Scientific memoirs by medical officers of the Army of India - Part VIII,
Year: 1894
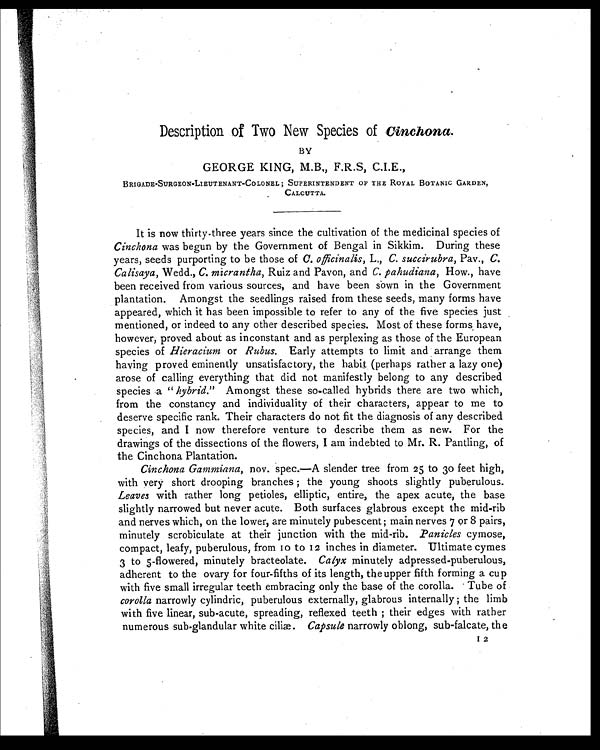
Description of Two New Species of cinchona.
BY
GEORGE KING, M.B,, F.R.S, C.I.E.,
BRIGADE-SURGEON-LIEUTENANT-COLONEL; SUPERINTENDENT OF THE ROYAL BOTANIC GARDEN,
CALCUTTA.
It is now thirty-three years since the cultivation of the medicinal species of
Cinchona was begun by the Government of Bengal in Sikkim. During these
years, seeds purporting to be those of C. officinalis, L., C. succirubra, Pay., C.
Calisaya, Wedd., C. micrantha, Ruiz and Pavon, and C. pahudiana, How., have
been received from various sources, and have been sown in the Government
plantation. Amongst the seedlings raised from these seeds, many forms have
appeared, which it has been impossible to refer to any of the five species just
mentioned, or indeed to any other described species. Most of these forms have,
however, proved about as inconstant and as perplexing as those of the European
species of Hieracium or Rubus. Early attempts to limit and arrange them
having proved eminently unsatisfactory, the habit (perhaps rather a lazy one)
arose of calling everything that did not manifestly belong to any described
species a " hybrid." Amongst these so-called hybrids there are two which,
from the constancy and individuality of their characters, appear to me to
deserve specific rank. Their characters do not fit the diagnosis of any described
species, and I now therefore venture to describe them as new. For the
drawings of the dissections of the flowers, I am indebted to Mr. R. Pantling, of
the Cinchona Plantation.
Cinchona Gammiana, nov. spec.—A slender tree from 25 to 30 feet high,
with very short drooping branches ; the young shoots slightly puberulous.
Leaves with rather long petioles, elliptic, entire, the apex acute, the base
slightly narrowed but never acute. Both surfaces glabrous except the mid-rib
and nerves which, on the lower, are minutely pubescent ; main nerves 7 or 8 pairs,
minutely scrobiculate at their junction with the mid-rib. .Panicles cymose,
compact, leafy, puberulous, from 10 to 12 inches in diameter. Ultimate cymes
3 to 5-flowered, minutely bracteolate. Calyx minutely adpressed-puberulous,
adherent to the ovary for four-fifths of its length, the upper fifth forming a cup
with five small irregular teeth embracing only the base of the corolla. Tube of
corolla narrowly cylindric, puberulous externally, glabrous internally ; the limb
with five linear, sub-acute, spreading, reflexed teeth ; their edges with rather
numerous sub-glandular white ciliæ Capsule narrowly oblong, sub-falcate, the